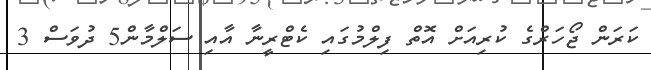
ކަރަން ޖޯހަރްގެ ކުރިއަށް އޮތް ފިލްމުގައި ކެޓްރީނާ އާއި ސަލްމާން5 ދުވަސް 3